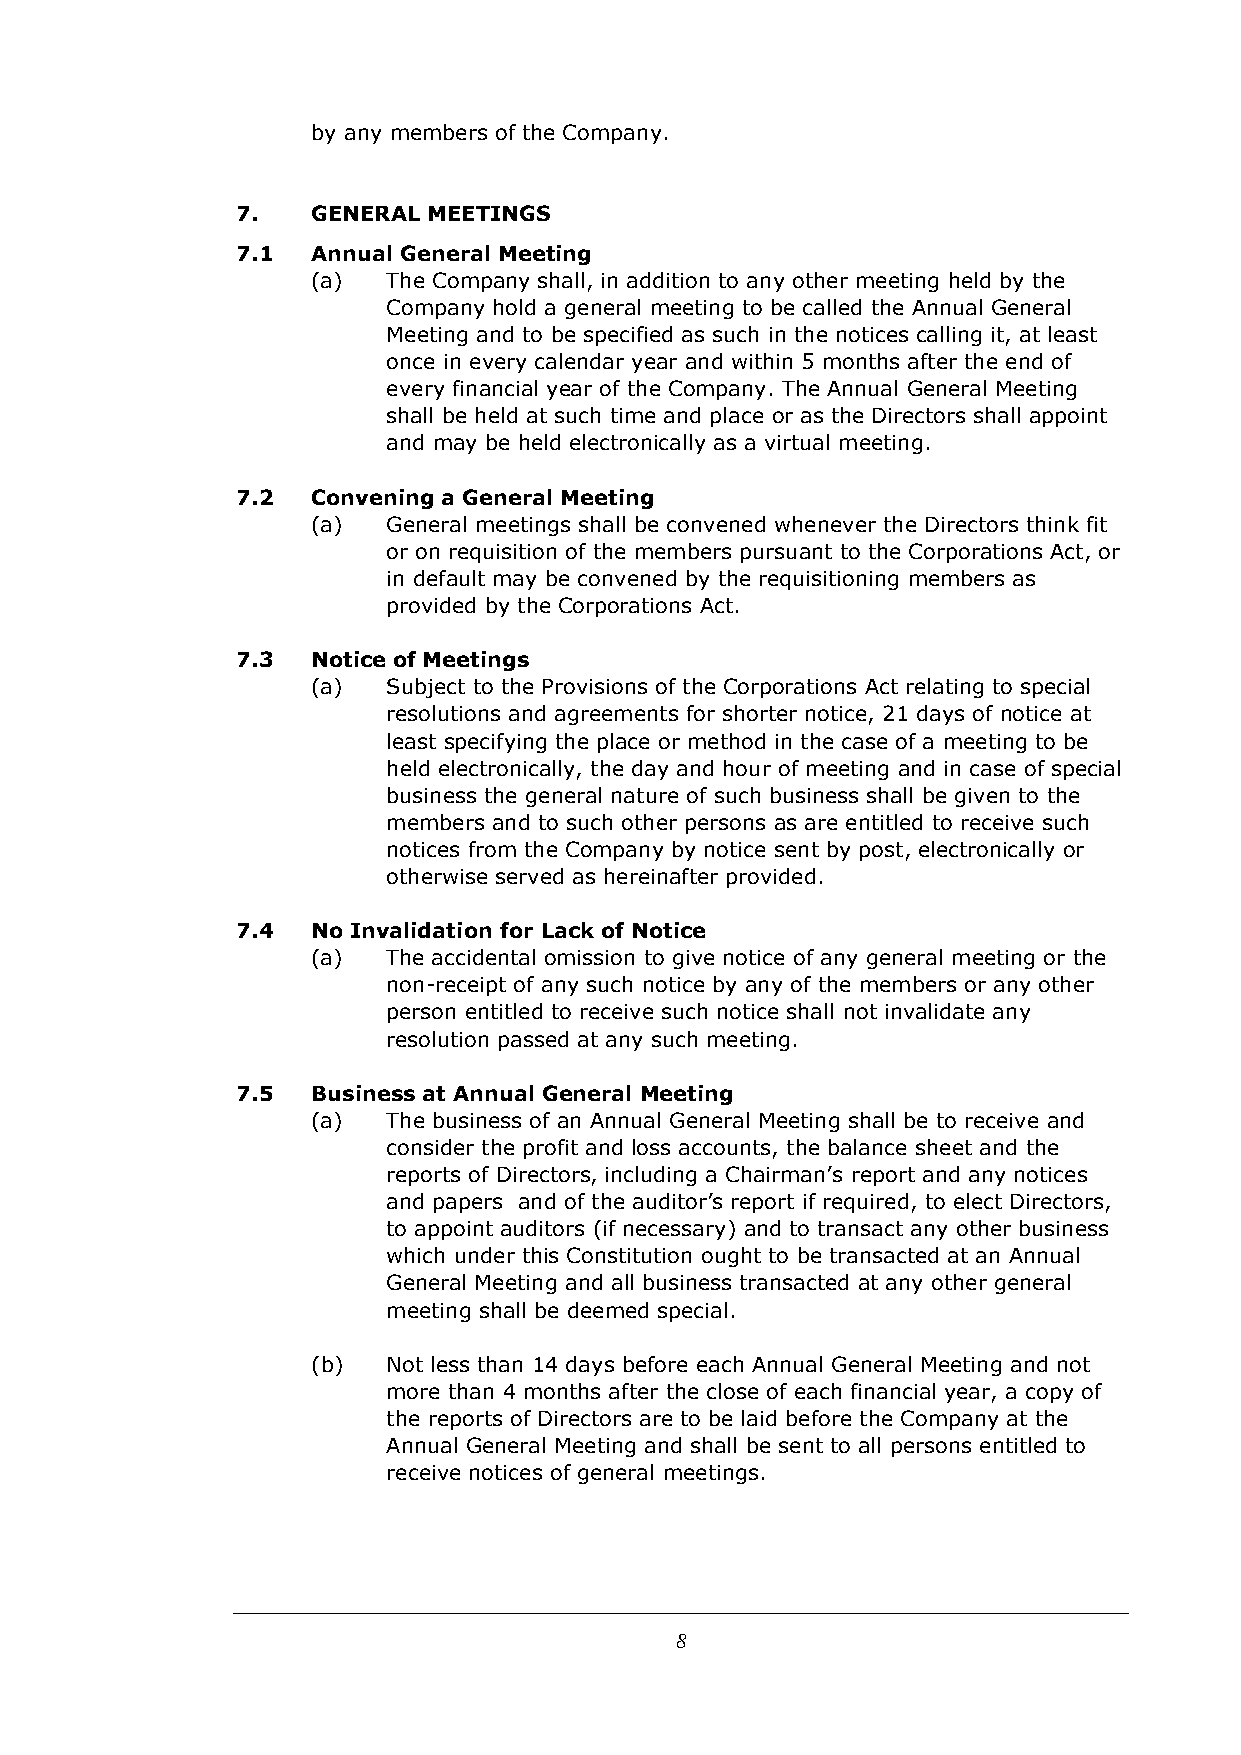
by any members of the Company.
 7.   GENERAL MEETINGS
 7.1  Annual General Meeting
 (a)  The Company shall, in addition to any other meeting held by the
 Company hold a general meeting to be called the Annual General
 Meeting and to be specified as such in the notices calling it, at least
 once in every calendar year and within 5 months after the end of
 every financial year of the Company. The Annual General Meeting
 shall be held at such time and place or as the Directors shall appoint
 and may be held electronically as a virtual meeting.
 7.2  Convening a General Meeting
 (a)  General meetings shall be convened whenever the Directors think fit
 or on requisition of the members pursuant to the Corporations Act, or
 in default may be convened by the requisitioning members as
 provided by the Corporations Act.
 7.3  Notice of Meetings
 (a)  Subject to the Provisions of the Corporations Act relating to special
 resolutions and agreements for shorter notice, 21 days of notice at
 least specifying the place or method in the case of a meeting to be
 held electronically, the day and hour of meeting and in case of special
 business the general nature of such business shall be given to the
 members and to such other persons as are entitled to receive such
 notices from the Company by notice sent by post, electronically or
 otherwise served as hereinafter provided.
 7.4  No Invalidation for Lack of Notice
 (a)  The accidental omission to give notice of any general meeting or the
 non-receipt of any such notice by any of the members or any other
 person entitled to receive such notice shall not invalidate any
 resolution passed at any such meeting.
 7.5  Business at Annual General Meeting
 (a)  The business of an Annual General Meeting shall be to receive and
 consider the profit and loss accounts, the balance sheet and the
 reports of Directors, including a Chairman’s report and any notices
 and papers and of the auditor’s report if required, to elect Directors,
 to appoint auditors (if necessary) and to transact any other business
 which under this Constitution ought to be transacted at an Annual
 General Meeting and all business transacted at any other general
 meeting shall be deemed special.
 (b)  Not less than 14 days before each Annual General Meeting and not
 more than 4 months after the close of each financial year, a copy of
 the reports of Directors are to be laid before the Company at the
 Annual General Meeting and shall be sent to all persons entitled to
 receive notices of general meetings.
 8